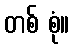
တစ် စုံ။